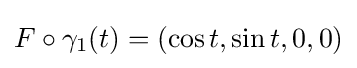
F\circ \gamma _{1}(t)=(\cos t,\sin t,0,0)